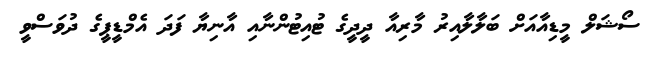
ސޯޝަލް މީޑިއާއަށް ބަލާލާއިރު މާރިއާ ދީދީގެ ޓުއިޓުންނާއި އާނިޔާ ފަދަ އެމްޑީޕީގެ ދުވަސްވީ